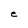
Character: e